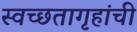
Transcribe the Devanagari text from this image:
स्वच्छतागृहांची